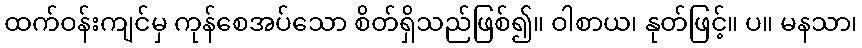
ထက်ဝန်းကျင်မှ ကုန်စေအပ်သော စိတ်ရှိသည်ဖြစ်၍။ ဝါစာယ၊ နုတ်ဖြင့်။ ပ။ မနသာ၊